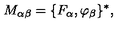
M _ { \alpha \beta } = \{ F _ { \alpha } , \varphi _ { \beta } \} ^ { * } ,